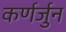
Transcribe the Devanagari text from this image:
कर्णर्जुन